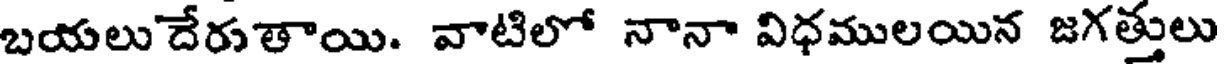
బయలుదేరతాయి. వాటిలో నానా విధములయిన జగత్తులు